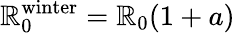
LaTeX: \mathbb{R}_{0}^{\mathrm{{winter}}}=\mathbb{R}_{0}(1+a)